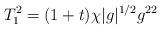
LaTeX: \begin{align*}T^2_1=(1+t)\chi|g|^{1/2} g^{22}\end{align*}